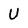
Character: U